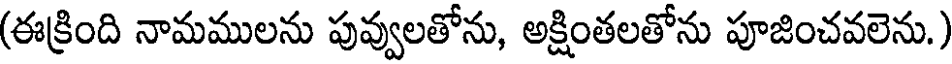
(ఈక్రింది నామములను పువ్వులతోను, అక్షింతలతోను పూజించవలెను.)